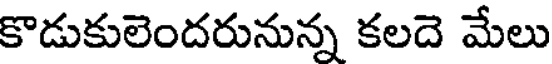
కొడుకులెందరునున్న కలదె మేలు